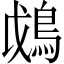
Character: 𩿰